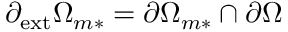
\partial _ { \mathrm { { e x t } } } \Omega _ { m * } = \partial \Omega _ { m * } \cap \partial \Omega